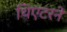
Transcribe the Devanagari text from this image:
थिएटरने